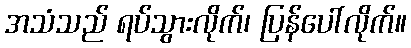
အသံသည် ရပ်သွားလိုက်၊ ပြန်ပေါ်လိုက်။